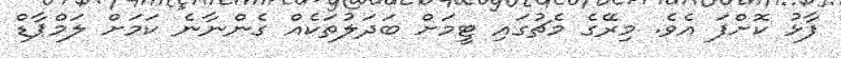
ފާޅު ކޮށްފަ އެވެ. މިރޭގެ މެޗުގައި ޓީމަށް ބަދަލުތަކެއް ގެންނާނެ ކަމަށް ލަމްޕާޑް